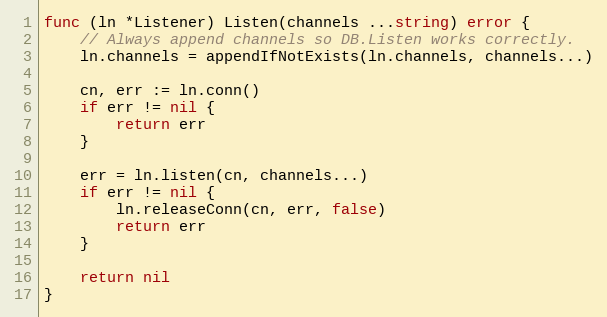
Language: Go
func (ln *Listener) Listen(channels ...string) error {
	// Always append channels so DB.Listen works correctly.
	ln.channels = appendIfNotExists(ln.channels, channels...)

	cn, err := ln.conn()
	if err != nil {
		return err
	}

	err = ln.listen(cn, channels...)
	if err != nil {
		ln.releaseConn(cn, err, false)
		return err
	}

	return nil
}